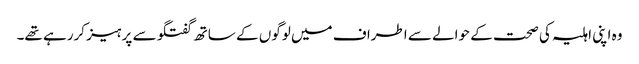
وہ اپنی اہلیہ کی صحت کے حوالے سے اطراف میں لوگوں کے ساتھ گفتگو سے پرہیز کررہے تھے۔